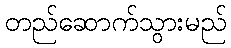
တည်ဆောက်သွားမည်